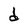
Character: d